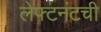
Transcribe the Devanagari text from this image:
लेफ्टनंटची